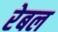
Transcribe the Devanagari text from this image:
रेबल